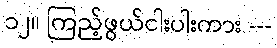
၁၂။ ကြည့်ဖွယ်ငါးပါးကား ---